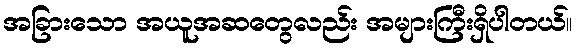
အခြားသော အယူအဆတွေလည်း အများကြီးရှိပါတယ်။